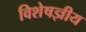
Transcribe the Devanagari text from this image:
विशेषज्ञीय